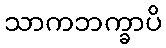
သာကဘက္ခာပိ